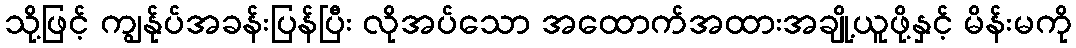
သို့ဖြင့် ကျွန်ုပ်အခန်းပြန်ပြီး လိုအပ်သော အထောက်အထားအချို့ယူဖို့နှင့် မိန်းမကို